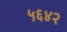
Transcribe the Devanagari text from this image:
५६४२